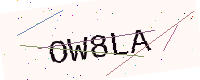
Text: OW8LA